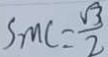
\sin C = \frac { \sqrt { 3 } } { 2 }